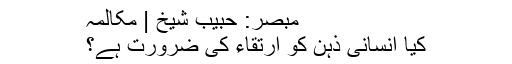
مبصّر: حبیب شیخ | مکالمہ
کیا انسانی ذہن کو ارتقاء کی ضرورت ہے؟